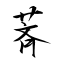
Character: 萕